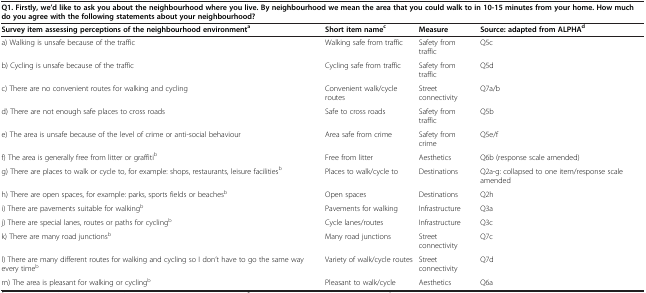
| <COLSPAN=4> Q1. Firstly, we’d like to ask you about the neighbourhood where you live. By neighbourhood we mean the area that you could walk to in 10-15 minutes from your home. How much do you agree with the following statements about your neighbourhood? |
 | Survey item assessing perceptions of the neighbourhood environmenta | Short item namec | Measure | Source: adapted from ALPHAd |
 | --- | --- | --- | --- |
 | a) Walking is unsafe because of the traffic | Walking safe from traffic | Safety from traffic | Q5c |
 | b) Cycling is unsafe because of the traffic | Cycling safe from traffic | Safety from traffic | Q5d |
 | c) There are no convenient routes for walking and cycling | Convenient walk/cycle routes | Street connectivity | Q7a/b |
 | d) There are not enough safe places to cross roads | Safe to cross roads | Safety from traffic | Q5b |
 | e) The area is unsafe because of the level of crime or anti-social behaviour | Area safe from crime | Safety from crime | Q5e/f |
 | f) The area is generally free from litter or graffitib | Free from litter | Aesthetics | Q6b (response scale amended) |
 | g) There are places to walk or cycle to, for example: shops, restaurants, leisure facilitiesb | Places to walk/cycle to | Destinations | Q2a-g: collapsed to one item/response scale amended |
 | h) There are open spaces, for example: parks, sports fields or beachesb | Open spaces | Destinations | Q2h |
 | i) There are pavements suitable for walkingb | Pavements for walking | Infrastructure | Q3a |
 | j) There are special lanes, routes or paths for cyclingb | Cycle lanes/routes | Infrastructure | Q3c |
 | k) There are many road junctionsb | Many road junctions | Street connectivity | Q7c |
 | l) There are many different routes for walking and cycling so I don’t have to go the same way every timeb | Variety of walk/cycle routes | Street connectivity | Q7d |
 | m) The area is pleasant for walking or cyclingb | Pleasant to walk/cycle | Aesthetics | Q6a |